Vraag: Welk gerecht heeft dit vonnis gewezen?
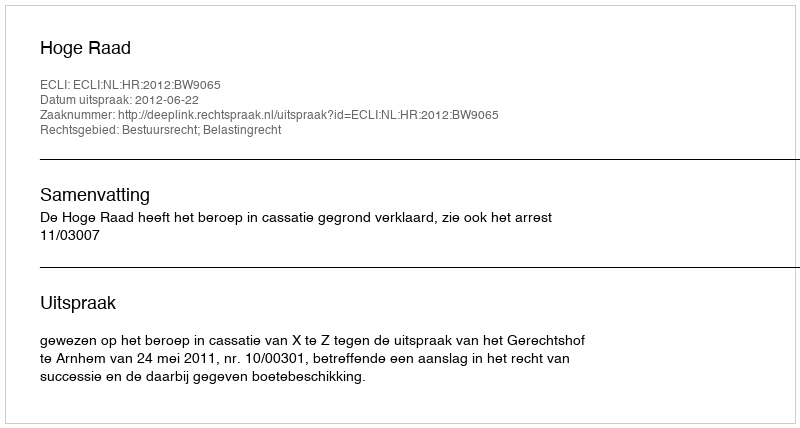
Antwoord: Hoge Raad